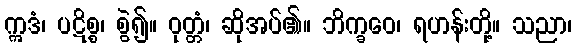
ဣဒံ၊ ပဋိစ္စ၊ စွဲ၍။ ဝုတ္တံ၊ ဆိုအပ်၏။ ဘိက္ခဝေ၊ ရဟန်းတို့။ သညာ၊